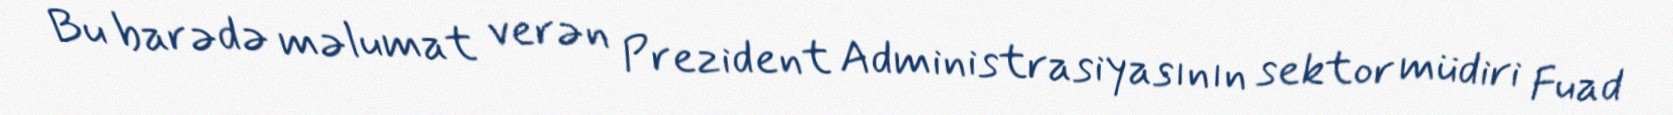
Bu barədə məlumat verən Prezident Administrasiyasının sektor müdiri Fuad